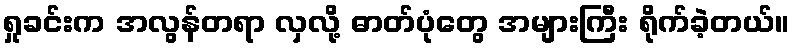
ရှုခင်းက အလွန်တရာ လှလို့ ဓာတ်ပုံတွေ အများကြီး ရိုက်ခဲ့တယ်။